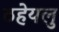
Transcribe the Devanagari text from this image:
ठहेयलु